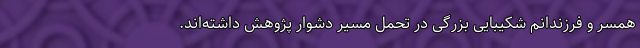
همسر و فرزندانم شکیبایی بزرگی در تحمل مسیر دشوار پژوهش داشته‌اند.